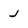
Character: j